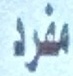
مفرد